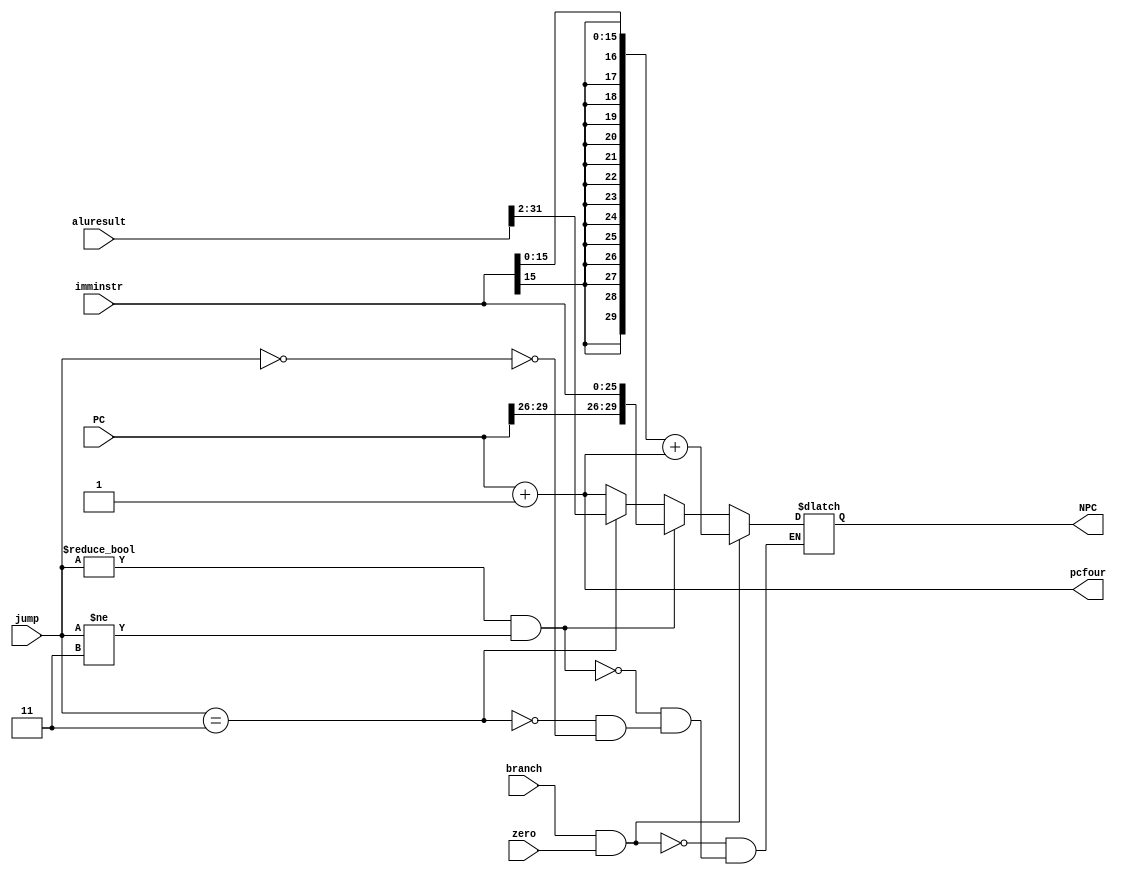
module npc(PC,imminstr,NPC,pcfour,branch,zero,jump,aluresult);
    input   [31:2]   PC ;       //output pc,for counting nextpc
    input   [25:0]   imminstr ; //instr jump and branch for next pc
    input            branch ;   //instr branch
    input            zero;      //if branch,beq?
    input   [1:0]    jump   ;   //instr jump 
    input   [31:0]   aluresult ;//alu result,for jr
    output  [31:2]   NPC ;      //nextpc
    output  [31:2]   pcfour ;   //pc+4
    
    parameter       Nojump = 2'b00, J = 2'b01, JAL = 2'b10, JR = 2'b11;//[1:0]jump
    reg   [31:2]    NPC ;
    reg   [31:2]    pcfour ;
      
    always @(*)
       begin
          pcfour <= PC + 1;      //pc+4
          if (branch && zero)         //if beq
             NPC <= {{14{imminstr[15]}},imminstr[15:0]} + pcfour ;
          else 
             begin
                if ((jump != Nojump)&&(jump != JR))   //if jump and jump!=jr
                   NPC <= {PC[31:28],imminstr} ;
                else if (jump == JR)      //jr ,npc<=GPR[rs]
                   NPC <= aluresult[31:2];
                else if (jump == Nojump)   //no jump and no branch,pc+4
                   NPC <= pcfour;
             end
       end
 
endmodule